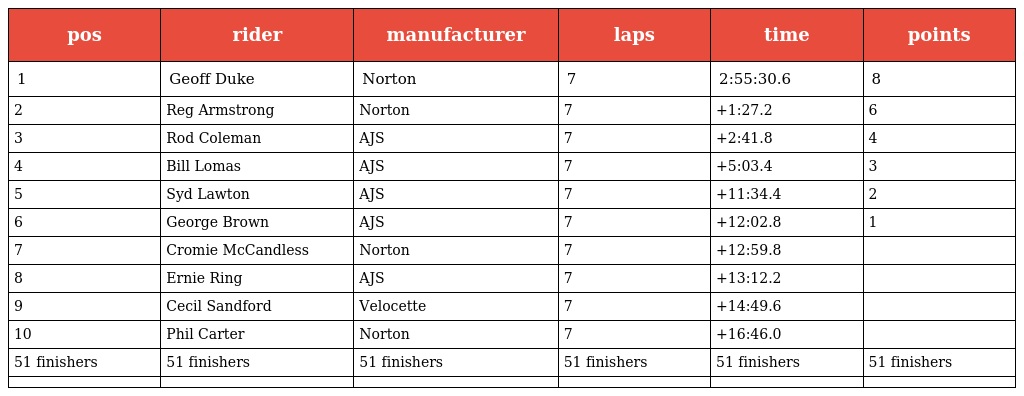
| pos | rider | manufacturer | laps | time | points |
 | --- | --- | --- | --- | --- | --- |
 | 1 | Geoff Duke | Norton | 7 | 2:55:30.6 | 8 |
 | 2 | Reg Armstrong | Norton | 7 | +1:27.2 | 6 |
 | 3 | Rod Coleman | AJS | 7 | +2:41.8 | 4 |
 | 4 | Bill Lomas | AJS | 7 | +5:03.4 | 3 |
 | 5 | Syd Lawton | AJS | 7 | +11:34.4 | 2 |
 | 6 | George Brown | AJS | 7 | +12:02.8 | 1 |
 | 7 | Cromie McCandless | Norton | 7 | +12:59.8 |  |
 | 8 | Ernie Ring | AJS | 7 | +13:12.2 |  |
 | 9 | Cecil Sandford | Velocette | 7 | +14:49.6 |  |
 | 10 | Phil Carter | Norton | 7 | +16:46.0 |  |
 | 51 finishers | 51 finishers | 51 finishers | 51 finishers | 51 finishers | 51 finishers |
 |  |  |  |  |  |  |